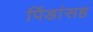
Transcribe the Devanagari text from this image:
पिंडांसह